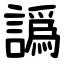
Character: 譌